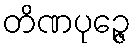
တိဏပုဉ္ဇေ